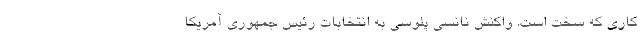
کاری که سخت است. واکنش نانسی پلوسی به انتخابات رئیس جمهوری آمریکا